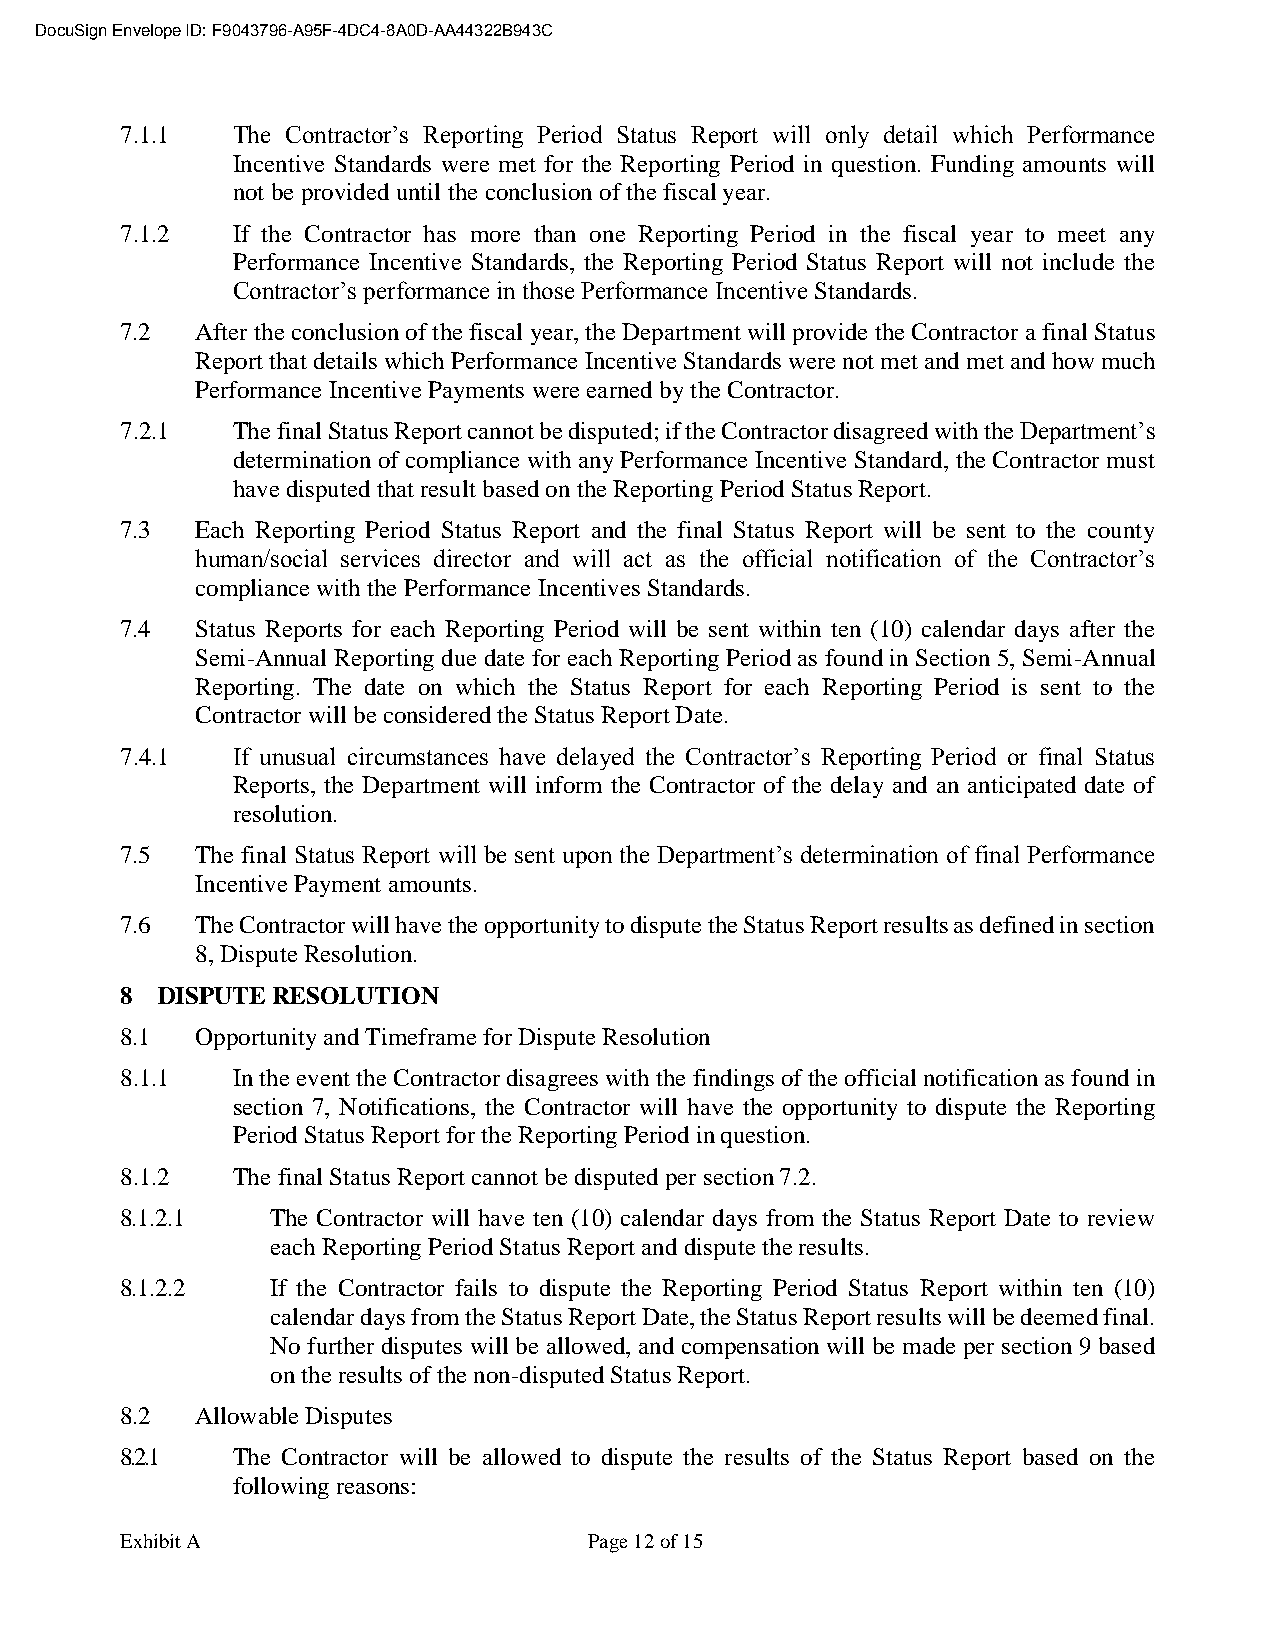
DocuSign Envelope ID: F9043796-A95F-4DC4-8A0D-AA44322B943C
 7.1.1  The Contractor’s Reporting Period Status Report will only detail which Performance
 Incentive Standards were met for the Reporting Period in question. Funding amounts will
 not be provided until the conclusion of the fiscal year.
 7.1.2  If the Contractor has more than one Reporting Period in the fiscal year to meet any
 Performance Incentive Standards, the Reporting Period Status Report will not include the
 Contractor’s performance in those Performance Incentive Standards.
 7.2  After the conclusion of the fiscal year, the Department will provide the Contractor a final Status
 Report that details which Performance Incentive Standards were not met and met and how much
 Performance Incentive Payments were earned by the Contractor.
 7.2.1  The final Status Report cannot be disputed; if the Contractor disagreed with the Department’s
 determination of compliance with any Performance Incentive Standard, the Contractor must
 have disputed that result based on the Reporting Period Status Report.
 7.3  Each Reporting Period Status Report and the final Status Report will be sent to the county
 human/social services director and will act as the official notification of the Contractor’s
 compliance with the Performance Incentives Standards.
 7.4  Status Reports for each Reporting Period will be sent within ten (10) calendar days after the
 Semi-Annual Reporting due date for each Reporting Period as found in Section 5, Semi-Annual
 Reporting. The date on which the Status Report for each Reporting Period is sent to the
 Contractor will be considered the Status Report Date.
 7.4.1  If unusual circumstances have delayed the Contractor’s Reporting Period or final Status
 Reports, the Department will inform the Contractor of the delay and an anticipated date of
 resolution.
 7.5  The final Status Report will be sent upon the Department’s determination of final Performance
 Incentive Payment amounts.
 7.6  The Contractor will have the opportunity to dispute the Status Report results as defined in section
 8, Dispute Resolution.
 8 DISPUTE RESOLUTION
 8.1  Opportunity and Timeframe for Dispute Resolution
 8.1.1  In the event the Contractor disagrees with the findings of the official notification as found in
 section 7, Notifications, the Contractor will have the opportunity to dispute the Reporting
 Period Status Report for the Reporting Period in question.
 8.1.2  The final Status Report cannot be disputed per section 7.2.
 8.1.2.1   The Contractor will have ten (10) calendar days from the Status Report Date to review
 each Reporting Period Status Report and dispute the results.
 8.1.2.2   If the Contractor fails to dispute the Reporting Period Status Report within ten (10)
 calendar days from the Status Report Date, the Status Report results will be deemed final.
 No further disputes will be allowed, and compensation will be made per section 9 based
 on the results of the non-disputed Status Report.
 8.2  Allowable Disputes
 8.2.1  The Contractor will be allowed to dispute the results of the Status Report based on the
 following reasons:
 Exhibit A                      Page 12 of 15